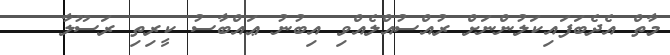
މާތް އެދެބަފައިކަލުންނަށް ރުއްސުއްލެއްވި އިބުނު ޢައްބާސު ކީރިތި ރަސޫލާ